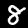
Label: 8